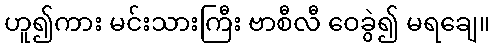
ဟူ၍ကား မင်းသားကြီး ဗာစီလီ ဝေခွဲ၍ မရချေ။